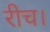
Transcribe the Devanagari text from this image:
रीच।